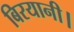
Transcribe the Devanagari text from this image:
बिरयानी।